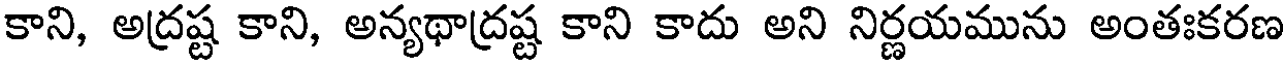
కాని, అద్రష్ట కాని, అన్యథాద్రష్ట కాని కాదు అని నిర్ణయమును అంతఃకరణ